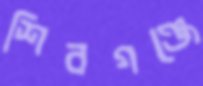
শিবগঞ্জে